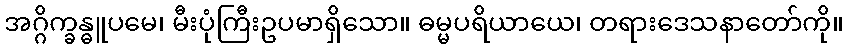
အဂ္ဂိက္ခန္ဓူပမေ၊ မီးပုံကြီးဥပမာရှိသော။ ဓမ္မပရိယာယေ၊ တရားဒေသနာတော်ကို။